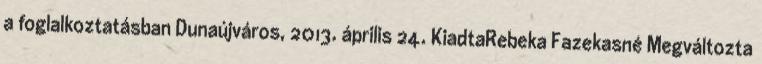
a foglalkoztatásban Dunaújváros, 2013. április 24. KiadtaRebeka Fazekasné Megváltozta